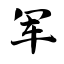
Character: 军